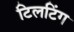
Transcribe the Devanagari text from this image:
टिलटिंग